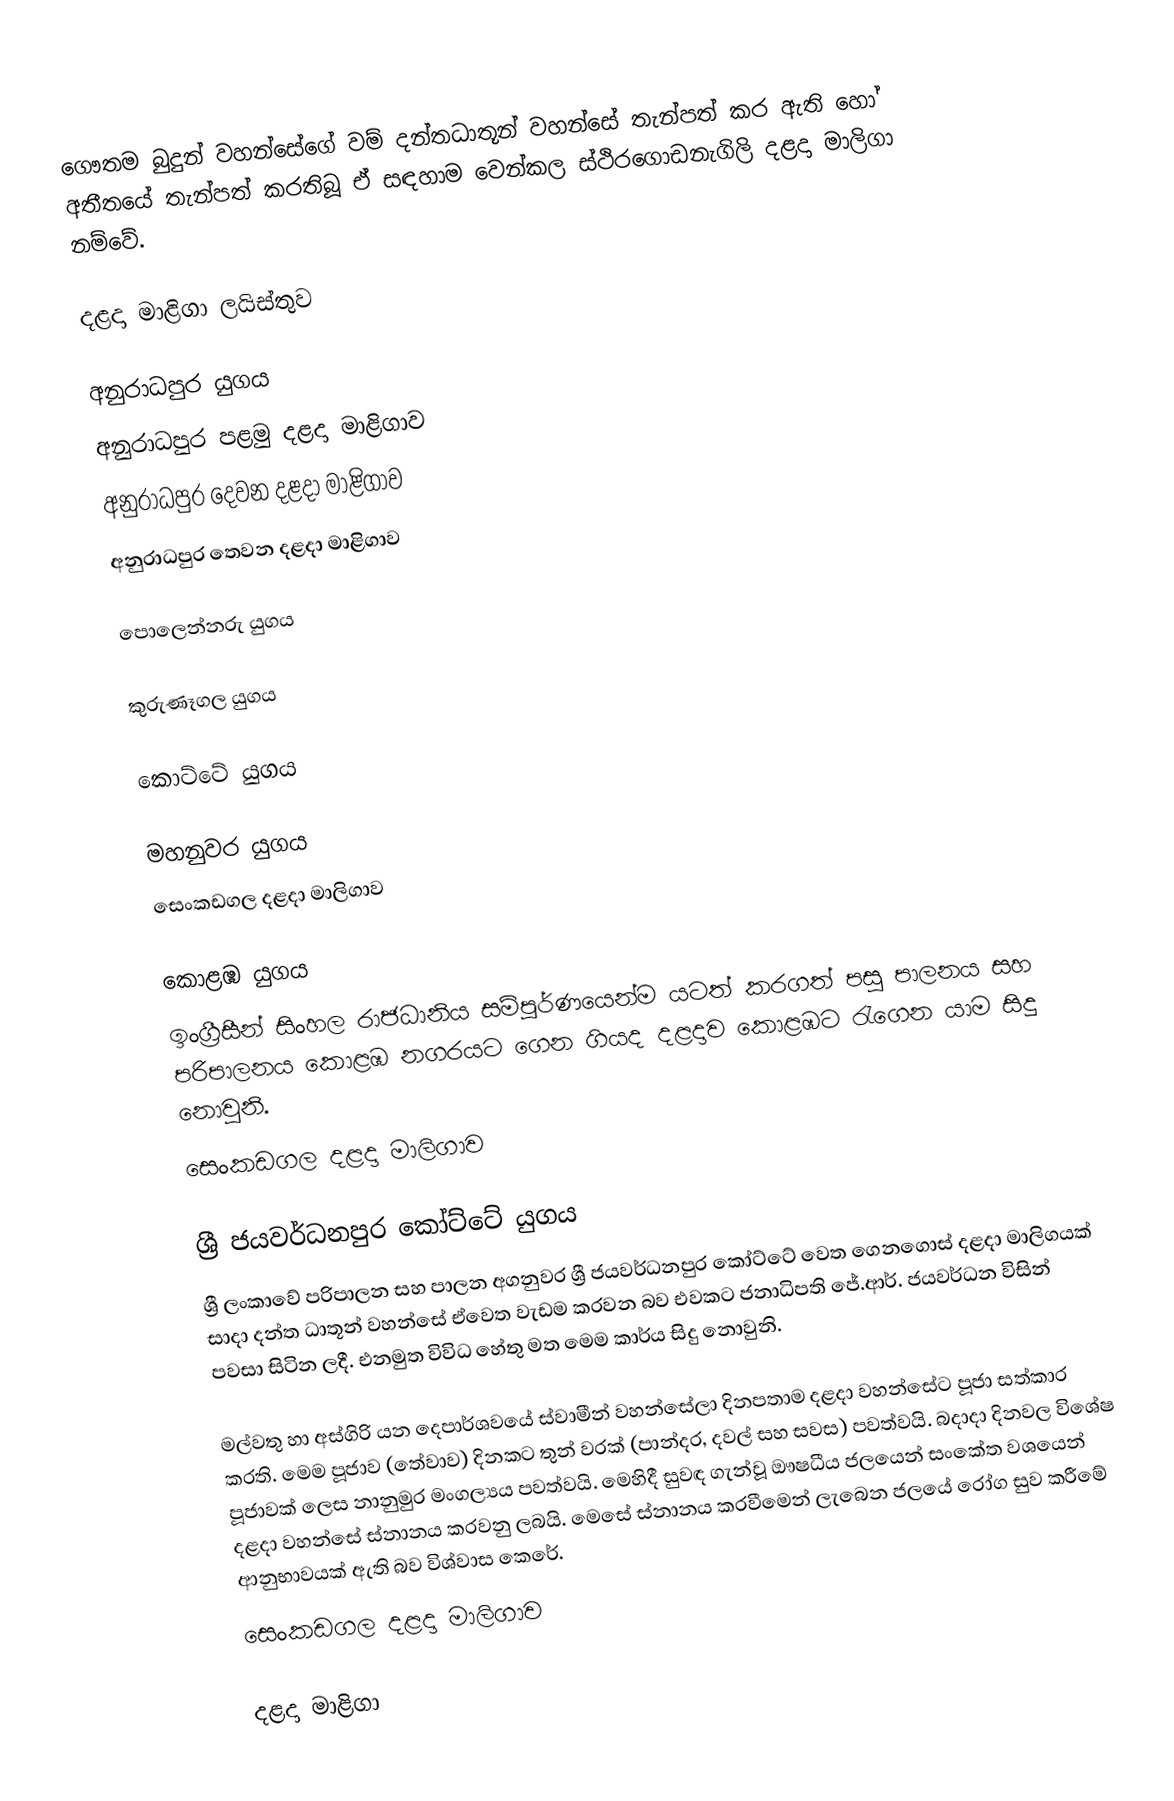
ගෞතම බුදුන් වහන්සේගේ වම් දන්තධාතූන් වහන්සේ තැන්පත් කර ඇති හෝ අතීතයේ තැන්පත්  කරතිබූ ඒ සඳහාම වෙන්කල ස්ථිරගොඩනැගිලි දළදා මාලිගා නම්වේ.

දළදා  මාළිගා ලයිස්තුව

අනුරාධපුර යුගය
 අනුරාධපුර පළමු දළදා මාළිගාව
 අනුරාධපුර දෙවන දළදා මාළිගාව
 අනුරාධපුර තෙවන දළදා මාළිගාව

පොලෙන්නරු යුගය

කුරුණෑගල යුගය

කොට්ටේ යුගය

මහනුවර යුගය
 සෙංකඩගල දළදා මාලිගාව

කොළඹ යුගය
ඉංග්‍රීසීන් සිංහල රාජධානිය සම්පූර්ණයෙන්ම යටත් කරගත් පසු පාලනය සහ පරිපාලනය කොළඹ නගරයට ගෙන ගියද දළදාව කොළඹට රැගෙන යාම සිදු නොවුනි.
 සෙංකඩගල දළදා මාලිගාව

ශ්‍රී ජයවර්ධනපුර කෝට්ටේ යුගය
ශ්‍රී ලංකාවේ පරිපාලන සහ පාලන අගනුවර ශ්‍රී ජයවර්ධනපුර කෝට්ටේ වෙත ගෙනගොස් දළදා මාලිගයක් සාදා දන්ත ධාතූන් වහන්සේ ඒවෙත වැඩම කරවන බව එවකට ජනාධිපති ජේ.ආර්. ජයවර්ධන විසින් පවසා සිටින ලදී. එනමුත විවිධ හේතු මත මෙම කාර්ය සිදු නොවුනි.

මල්වතු හා අස්ගිරි යන දෙපාර්ශවයේ ස්වාමීන් වහන්සේලා දිනපතාම දළදා වහන්සේට පූජා සත්කාර කරති. මෙම පූජාව (තේවාව) දිනකට තුන් වරක් (පාන්දර, දවල් සහ සවස) පවත්වයි. බදාදා දිනවල විශේෂ පූජාවක් ලෙස නානුමුර මංගල්‍යය පවත්වයි. මෙහිදී සුවඳ ගැන්වූ ඖෂධීය ජලයෙන් සංකේත වශයෙන් දළදා වහන්සේ ස්නානය කරවනු ලබයි. මෙසේ ස්නානය කරවීමෙන් ලැබෙන ජලයේ රෝග සුව කරීමේ ආනුභාවයක් ඇති බව විශ්වාස කෙරේ.
 සෙංකඩගල දළදා මාලිගාව

දළදා මාළිගා